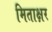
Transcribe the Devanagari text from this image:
मिताक्षर